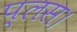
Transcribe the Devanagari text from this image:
प्लस।